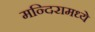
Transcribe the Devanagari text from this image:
मन्दिरामध्ये